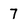
Character: 7